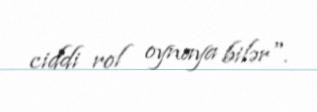
ciddi rol oynaya bilər".